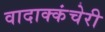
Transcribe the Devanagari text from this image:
वादाक्कंचेरी